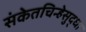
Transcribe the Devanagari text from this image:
संकेतचिन्हेसुद्धा